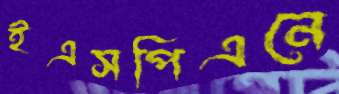
ইএসপিএনে